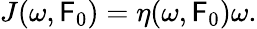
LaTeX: J(\omega,\mathsf{F}_{0})=\eta(\omega,\mathsf{F}_{0})\omega.